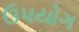
ઉપયોગ